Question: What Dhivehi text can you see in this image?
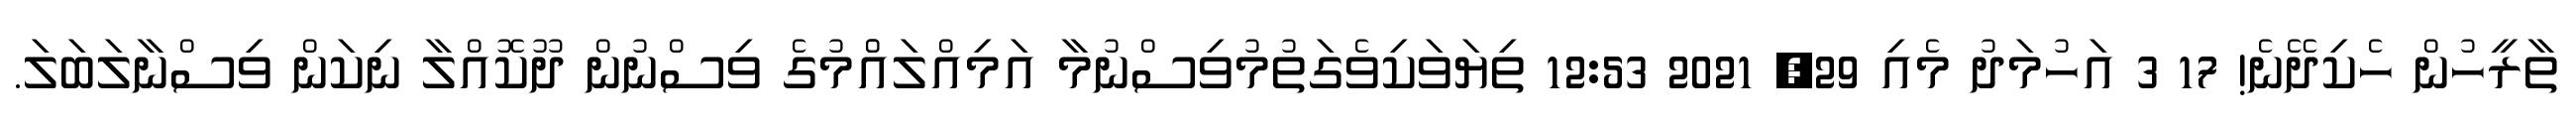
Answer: ތާރީހުން ހެކިދޭނެ! 17 3 އަހުމަދު މެއި 29, 2021 12:53 ތިޔަވަކިވެގަތުމުވިސްނުމާ އަމިއްލައެުމުގެ ވިސްނުން ދޫކޮއްލާ ނިކަން ވިސްނާލަބަލަ.